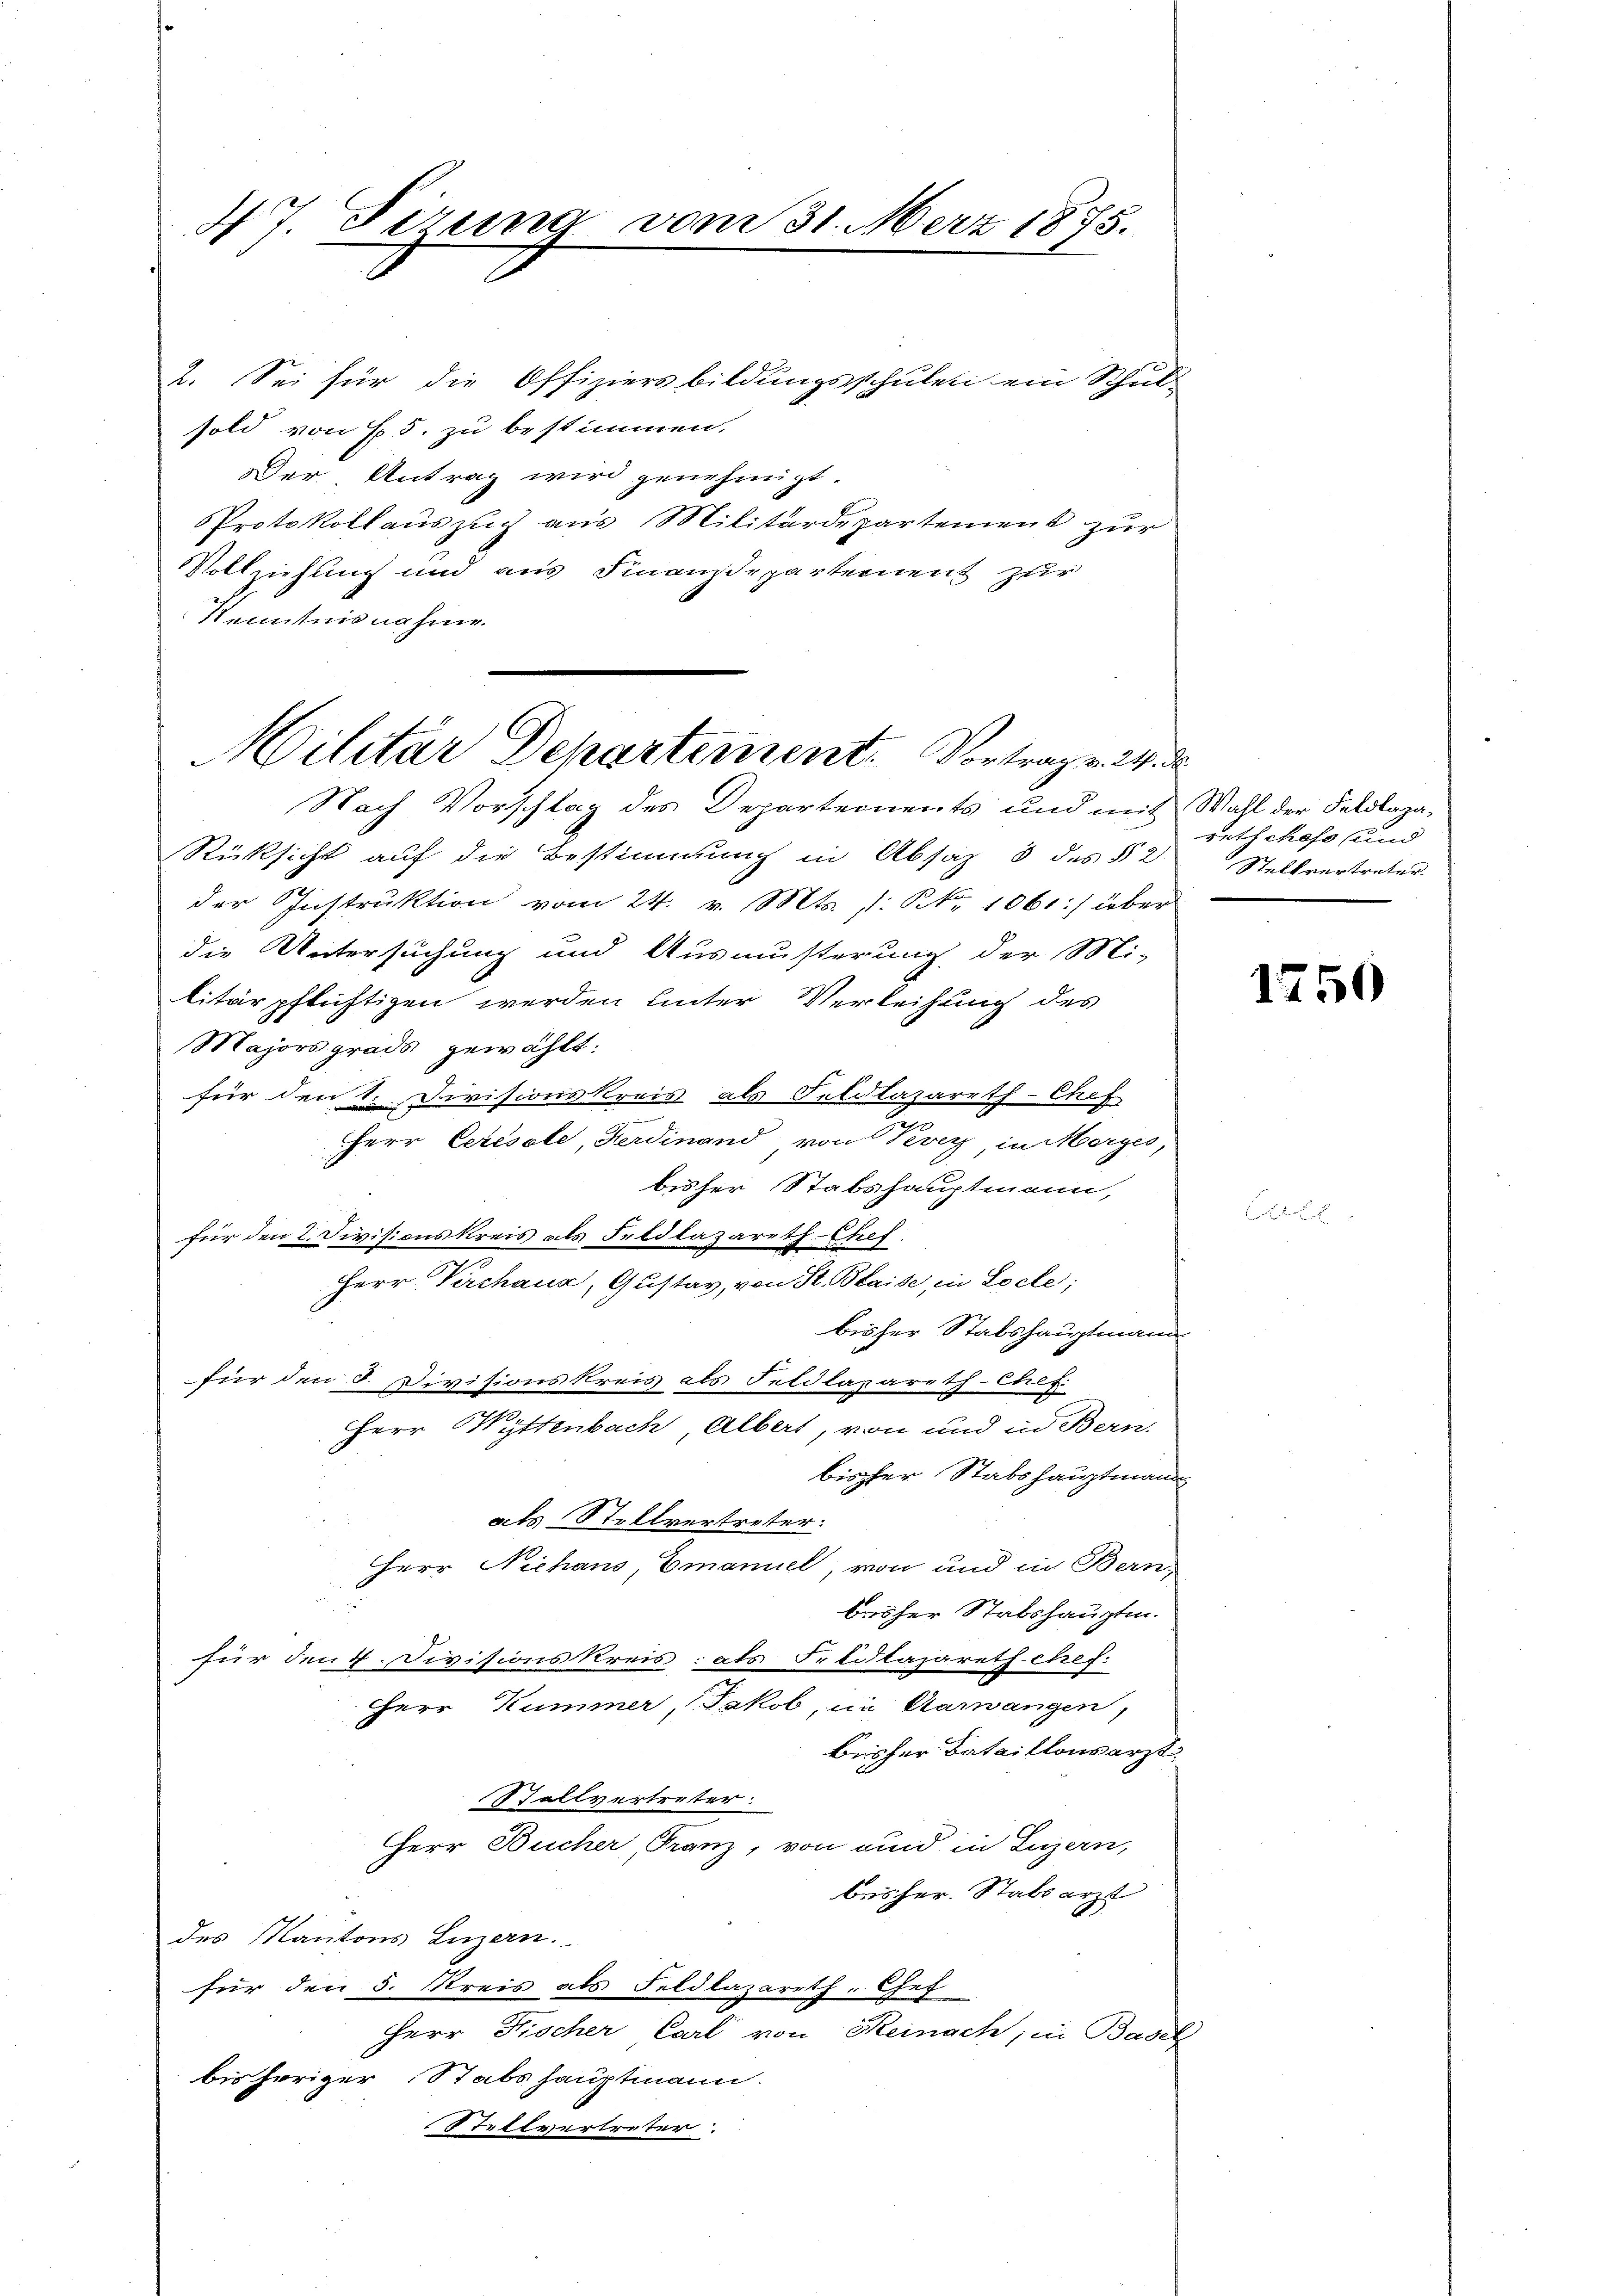
47. Sirung vom 31. Merz 1875.

2. Sei für die Offiziersbildungsschulen ein Schul-
sold von 5. zu bestimmen.
Der Antrag wird genehmigt.
Protokollauszug aus Militärdepartement zur
Vollziehung und aus Finanzdepartement zur
Kenntnisnahme.

Nach Vorschlag des Departements und mit Wahl der Feldlaza¬
Rücksicht auf die Bestimmung in Absaz 3 des § 2 Stellvertreten.
der Instruktion vom 24. v. Mts. 1. No. 1061:/ über
die Untersuchung und Ausmusterung der Mi-
litärpflichtigen werden unter Verleihung des
Majors grade gewählt.
für den 1. Divisionskreis als Feldtazareth-Chef
Herr Ceresste, Ferdinand von Vevey, in Morges,
bisher Stabshauptmann,
für den 2. Divisionskreis als Feldlazareth-Chef.
Herr Perchaus, Gustav, von St. Blaise, in Loche;
bisher Stabshauptmann
für den 8. Divisionskreis als Feldlazareth-Chef.
Herr Wyttenbach Albert, von und in Bern,
bisher Stabshauptmann
als Stellvertreter:
Herr Niehans, Emanuel, von und in Bern,
brisher Stabshauptm.
für den 4 Divisions Kreis: als Fredtazareth-chef.
Herr Kummer, Jakob, in Aarwangen,
bisher Bataillonsarzt
Stellvertreter.
Herr Bucher, Franz, von und in Luzern,
bisher. Stabsarzt
des Kantons Luzern.
für den 5. Kreis als Feldlazareth-Chef
Herr Fischer Carl von Keinach, in Basel
bisheriger Stabshauptmann.
Stellvertreter.

Militar Departement. Vortrag v. M. d

rntschefs und

1750